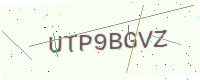
Text: UTP9BGVZ